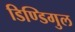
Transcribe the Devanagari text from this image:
डिण्डिगुल